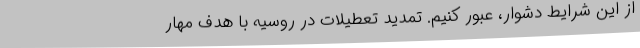
از این شرایط دشوار، عبور کنیم. تمدید تعطیلات در روسیه با هدف مهار